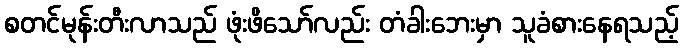
စတင်မုန်းတီးလာသည် ဖုံးဖိသော်လည်း တံခါးဘေးမှာ သူခံစားနေရသည့်